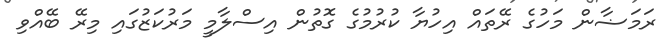
ރަމަޟާން މަހުގެ ރޭތައް އިހުޔާ ކުރުމުގެ ގޮތުން އިސްލާމީ މަރުކަޒުގައި މިރޭ ބޭއްވި